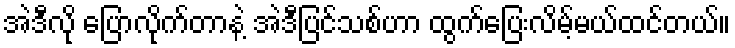
အဲဒီလို ပြောလိုက်တာနဲ့ အဲဒီပြင်သစ်ဟာ ထွက်ပြေးလိမ့်မယ်ထင်တယ်။